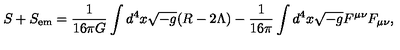
S + S _ { \mathrm { e m } } = \frac { 1 } { 1 6 \pi G } \int { d ^ { 4 } x \sqrt { - g } ( R - 2 \Lambda ) } - \frac { 1 } { 1 6 \pi } \int { d ^ { 4 } x \sqrt { - g } F ^ { \mu \nu } F _ { \mu \nu } } ,